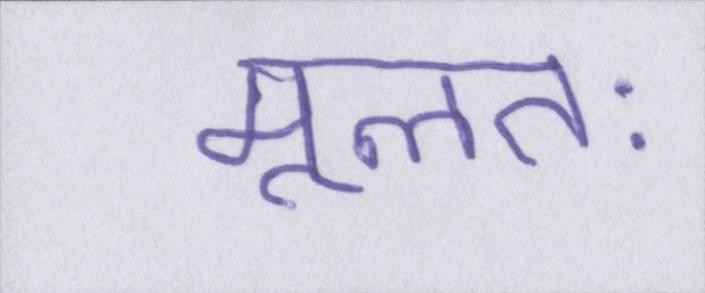
मूलतः